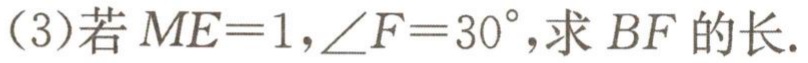
(3)若\(ME = 1,\angle F = 30^{\circ}\),求\(BF\)的长.